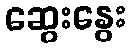
ဆွေးနွေး